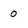
Character: 0